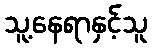
သူ့နေရာနှင့်သူ